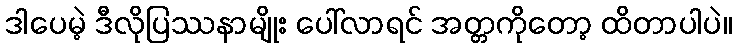
ဒါပေမဲ့ ဒီလိုပြဿနာမျိုး ပေါ်လာရင် အတ္တကိုတော့ ထိတာပါပဲ။